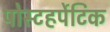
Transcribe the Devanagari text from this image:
पोस्टहर्पेटिक